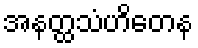
အနတ္ထသံဟိတေန